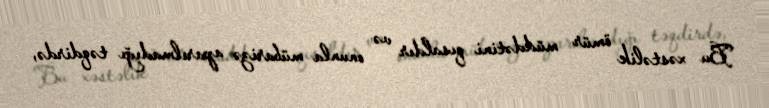
Bu xəstəlik ömür müddətini qısaldır və onunla mübarizə aparılmadığı təqdirdə,